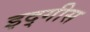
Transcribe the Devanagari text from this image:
इद्गीस